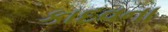
કાદવના